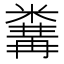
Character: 𥻰